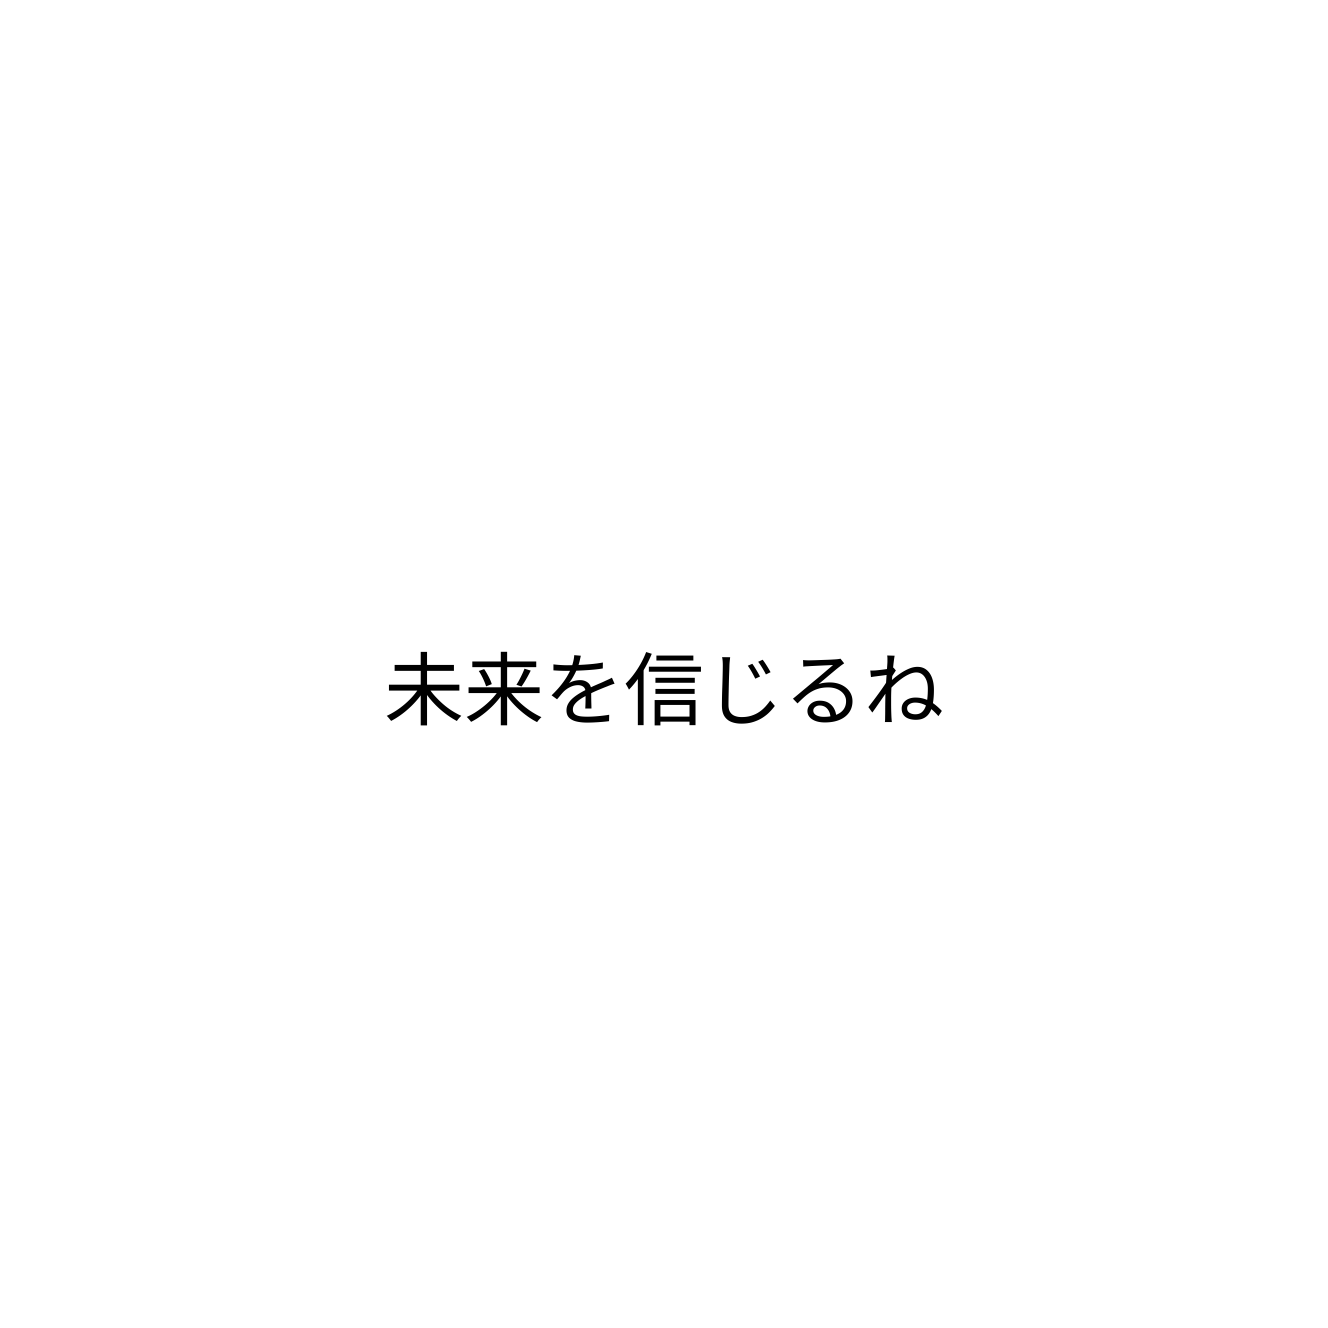
未来を信じるね